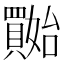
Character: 𡤔